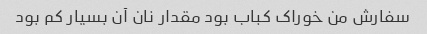
سفارش من خوراک کباب بود مقدار نان آن بسیار کم بود